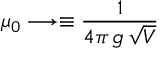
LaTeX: \mu _ { 0 } \longrightarrow \equiv { \frac { 1 } { 4 \pi \, g \, \sqrt V } }